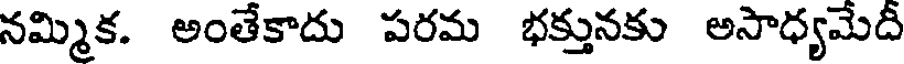
నమ్మిక. అంతేకాదు పరమ భక్తునకు అసాధ్యమేదీ